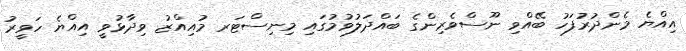
އިއްޔެ މެންދުރުފަހު ބޭއްވި ނޫސްވެރިންގެ ބައްދަލުވުމުގައި މިނިސްޓަރ މުއިއްޒު ވިދާޅުވީ އިއްޔެ ހަވީރު